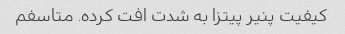
کیفیت پنیر پیتزا به شدت افت کرده. متاسفم